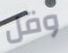
وقل